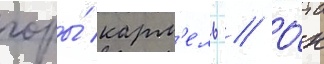
горы́ карм'ель // О́н